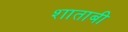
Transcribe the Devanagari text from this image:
शाताबी